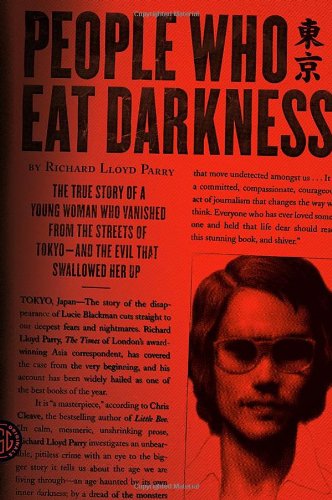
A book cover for People Who Eat Darkness: The True Story of a Young Woman Who Vanished from the Streets of Tokyo--and the Evil That Swallowed Her Up; Richard Lloyd Parry; Biographies & Memoirs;